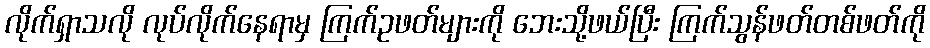
လိုက်ရှာသလို လုပ်လိုက်နေရာမှ ကြက်ဥဖတ်များကို ဘေးသို့ဖယ်ပြီး ကြက်သွန်ဖတ်တစ်ဖတ်ကို